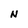
Character: N